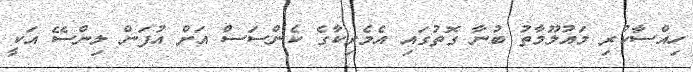
ހިއްސާކުރި މައުލޫމާތު ބުނާ ގޮތުގައި އެމެރިކާގެ ކެންސަސް އަށް އުފަން ލިންސޭ އަކީ